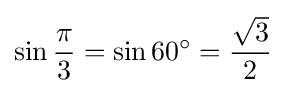
\sin {\frac {\pi }{3}}=\sin 60^{\circ }={\frac {\sqrt {3}}{2}}